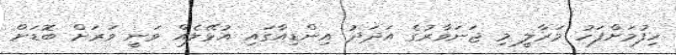
ހިފުމަށްފަހު މަރާލީ މި ޖަނަވާރުގެ އަދަދު އިންޑިއާގައި އުޅޭލެއް ވަނީ ވަރަށް ބޮޑަށް